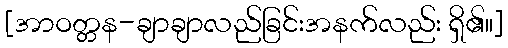
[အာဝတ္တန-ချာချာလည်ခြင်းအနက်လည်း ရှိ၏။]